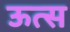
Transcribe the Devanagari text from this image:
ऊत्स